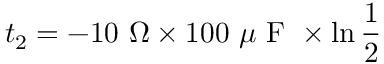
t _ { 2 } = - 1 0 \mathrm { ~ } \Omega \times 1 0 0 \mathrm { ~ } \mu \mathrm { ~ F ~ } \times \ln \frac { 1 } { 2 }